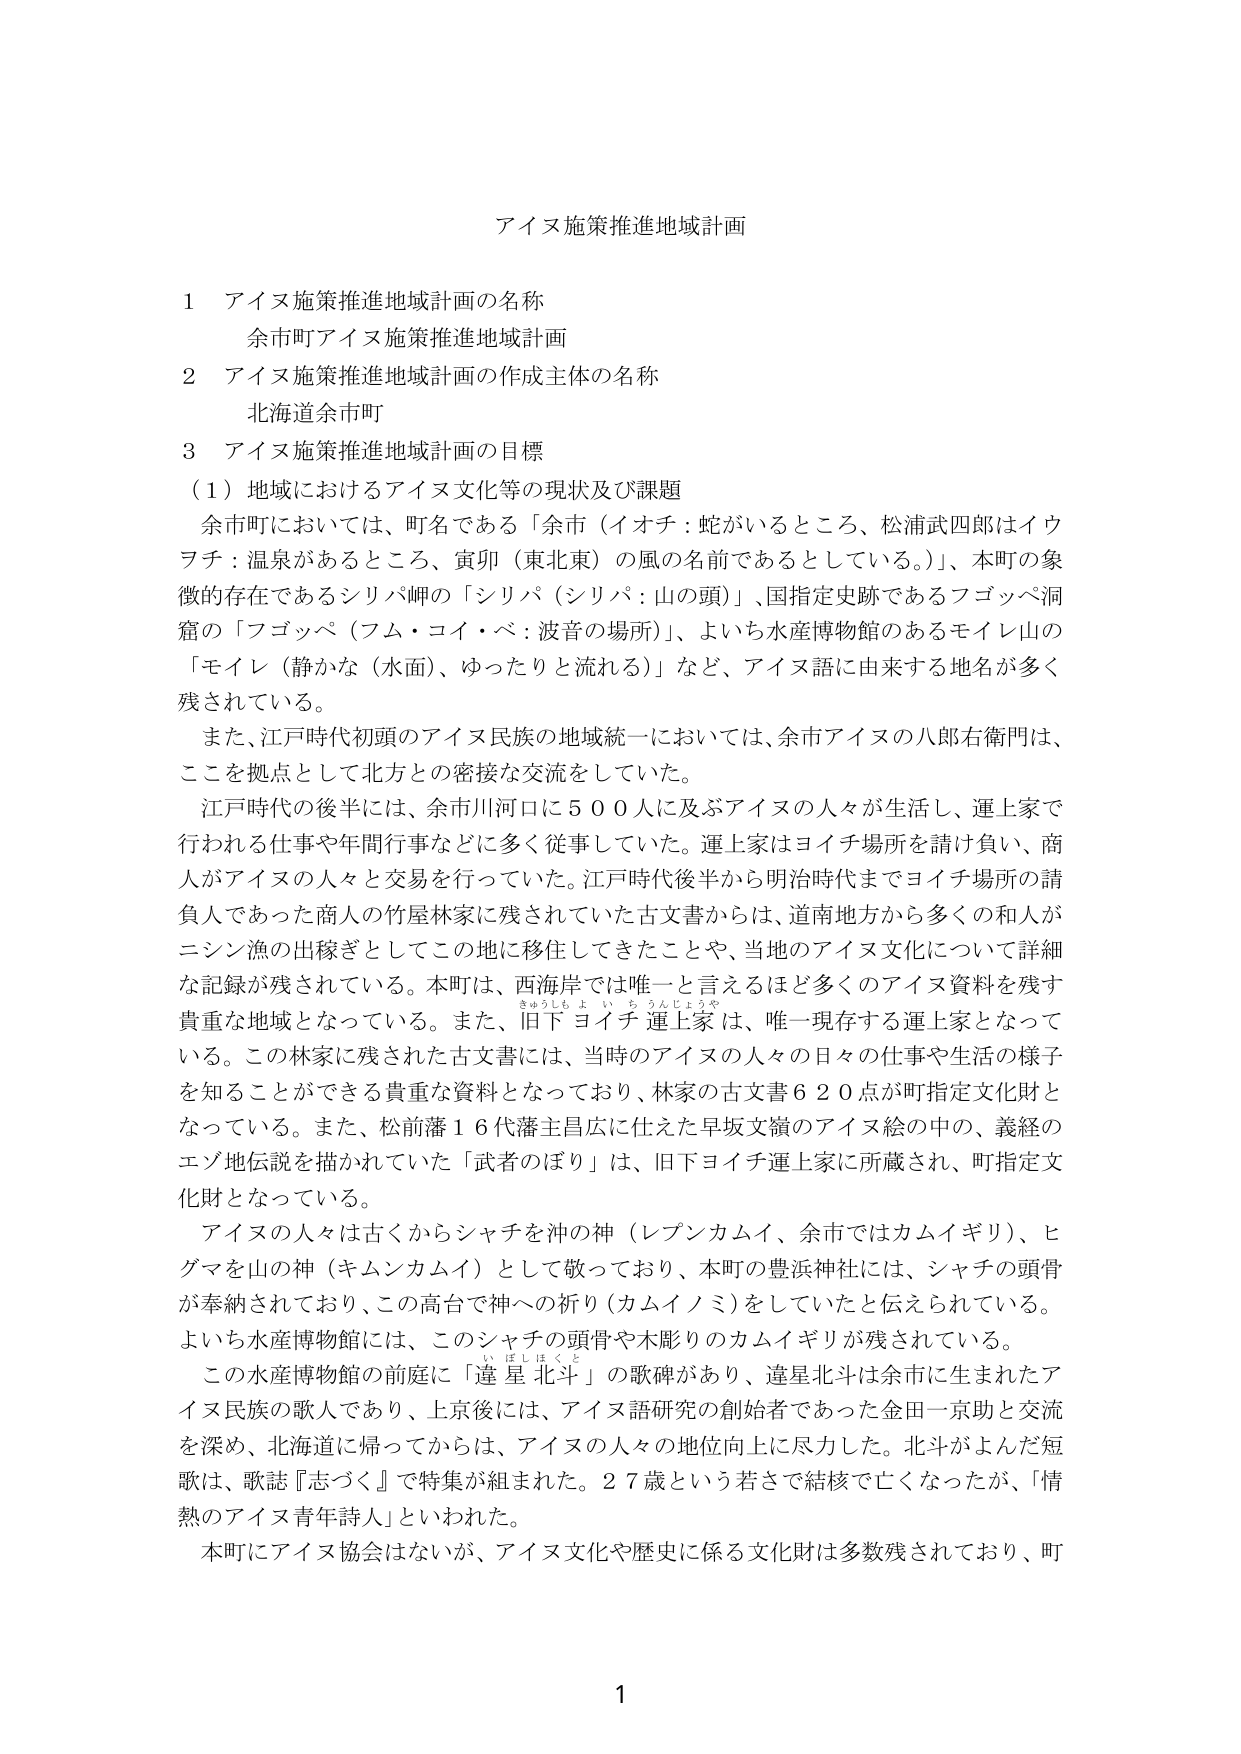
アイヌ施策推進地域計画

1 アイヌ施策推進地域計画の名称
余市町アイヌ施策推進地域計画

2 アイヌ施策推進地域計画の作成主体の名称
北海道余市町

3 アイヌ施策推進地域計画の目標
（1）地域におけるアイヌ文化等の現状及び課題
余市町においては、町名である「余市（イオチ：蛇がいるところ、松浦武四郎はイウヲチ：温泉があるところ、寅卯（東北東）の風の名前であるとしている。）」、本町の象徴的存在であるシリパ岬の「シリパ（シリパ：山の頭）」、国指定史跡であるフゴッペ洞窟の「フゴッペ（フム・コイ・ベ：波音の場所）」、よいち水産博物館のあるモイレ山の「モイレ（静かな（水面）、ゆったりと流れる）」など、アイヌ語に由来する地名が多く残されている。
また、江戸時代初頭のアイヌ民族の地域統一においては、余市アイヌの八郎右衛門は、ここを拠点として北方との密接な交流をしていた。
江戸時代の後半には、余市川河口に500人に及ぶアイヌの人々が生活し、運上家で行われる仕事や年間行事などに多く従事していた。運上家はヨイチ場所を請け負い、商人がアイヌの人々と交易を行っていた。江戸時代後半から明治時代までヨイチ場所の請負人であった商人の竹屋林家に残されていた古文書からは、道南地方から多くの和人がニシン漁の出稼ぎとしてこの地に移住してきたことや、当地のアイヌ文化について詳細な記録が残されている。本町は、西海岸では唯一と言えるほど多くのアイヌ資料を残す貴重な地域となっている。また、旧下ヨイチ運上家は、唯一現存する運上家となっている。この林家に残された古文書には、当時のアイヌの人々の日々の仕事や生活の様子を知ることができる貴重な資料となっており、林家の古文書620点が町指定文化財となっている。また、松前藩16代藩主昌広に仕えた早坂文嶺のアイヌ絵の中の、義経のエゾ地伝説を描かれていた「武者のぼり」は、旧下ヨイチ運上家に所蔵され、町指定文化財となっている。
アイヌの人々は古くからシャチを沖の神（レプンカムイ、余市ではカムイギリ）、ヒグマを山の神（キムンカムイ）として敬っており、本町の豊浜神社には、シャチの頭骨が奉納されており、この高台で神への祈り（カムイノミ）をしていたと伝えられている。よいち水産博物館には、このシャチの頭骨や木彫りのカムイギリが残されている。
この水産博物館の前庭に「遼星北斗」の歌碑があり、遼星北斗は余市に生まれたアイヌ民族の歌人であり、上京後には、アイヌ語研究の創始者であった金田一京助と交流を深め、北海道に帰ってからは、アイヌの人々の地位向上に尽力した。北斗がよんだ短歌は、歌誌『志づく』で特集が組まれた。27歳という若さで結核で亡くなったが、「情熱のアイヌ青年詩人」といわれた。
本町にアイヌ協会はないが、アイヌ文化や歴史に係る文化財は多数残されており、町

1